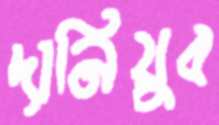
দানিয়ুব